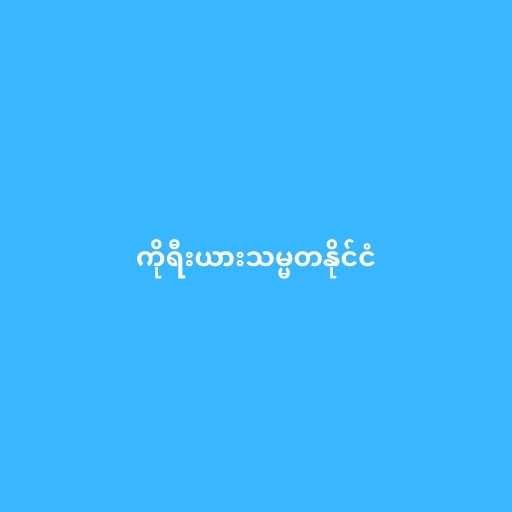
ကိုရီးယားသမ္မတနိုင်ငံ